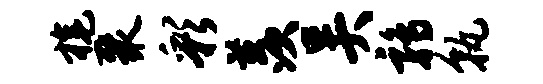
旄聚彩羡吴鹑孰